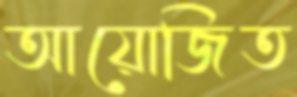
আয়োজিত